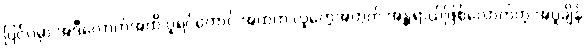
ပြင်ပမှာ အဲဒီလောက်အထိ ပူရင်တောင် အထဲက လူတွေအတွက် အန္တ္တရာယ်ဖြစ်လောက်တဲ့ အပူချိန်